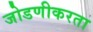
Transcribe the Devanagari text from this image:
जोडणीकरता